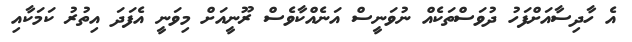
އެ ހާދިސާއަށްފަހު ދުވަސްތަކެއް ނުވަނީސް އަނެއްކާވެސް ރޫނީއަށް މިވަނީ އެފަދަ އިތުރު ކަމަކާއި